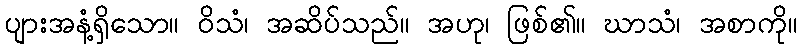
ပျားအနံ့ရှိသော။ ဝိသံ၊ အဆိပ်သည်။ အဟု၊ ဖြစ်၏။ ဃာသံ၊ အစာကို။